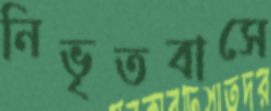
নিভৃতবাসে